Scottish Leaving Certificate Examination, 1959
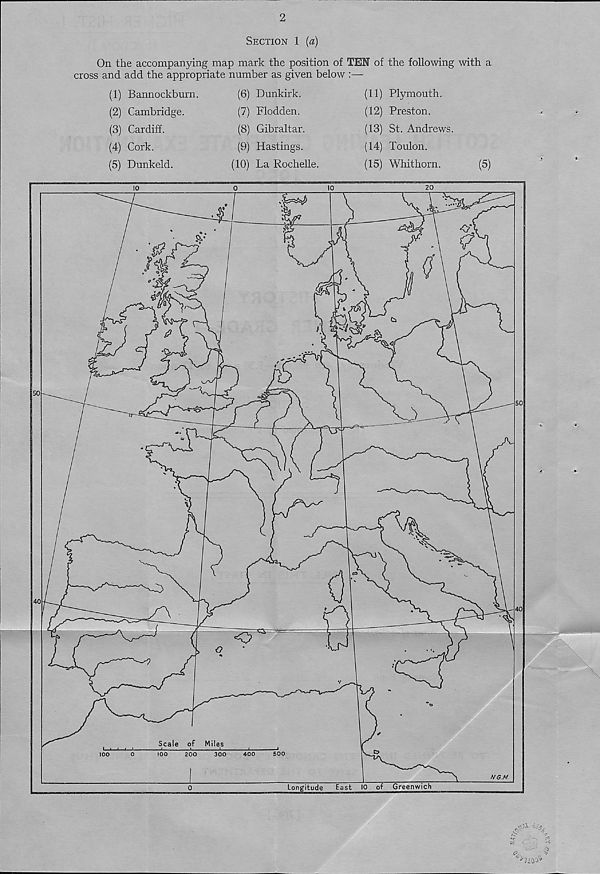
2
Section 1 (a)
On the accompanying map mark the position of TEN of the following with a
cross and add the appropriate number as given below :—
(1) Bannockburn.
(2) Cambridge.
(3) Cardiff.
(4) Cork.
(5) Dunkeld.
(6) Dunkirk.
(7) Flodden.
(8) Gibraltar.
(9) Hastings.
(10) La Rochelle.
(11) Plymouth.
(12) Preston.
(13) St. Andrews.
(14) Toulon.
(15) Whithorn.
(5)